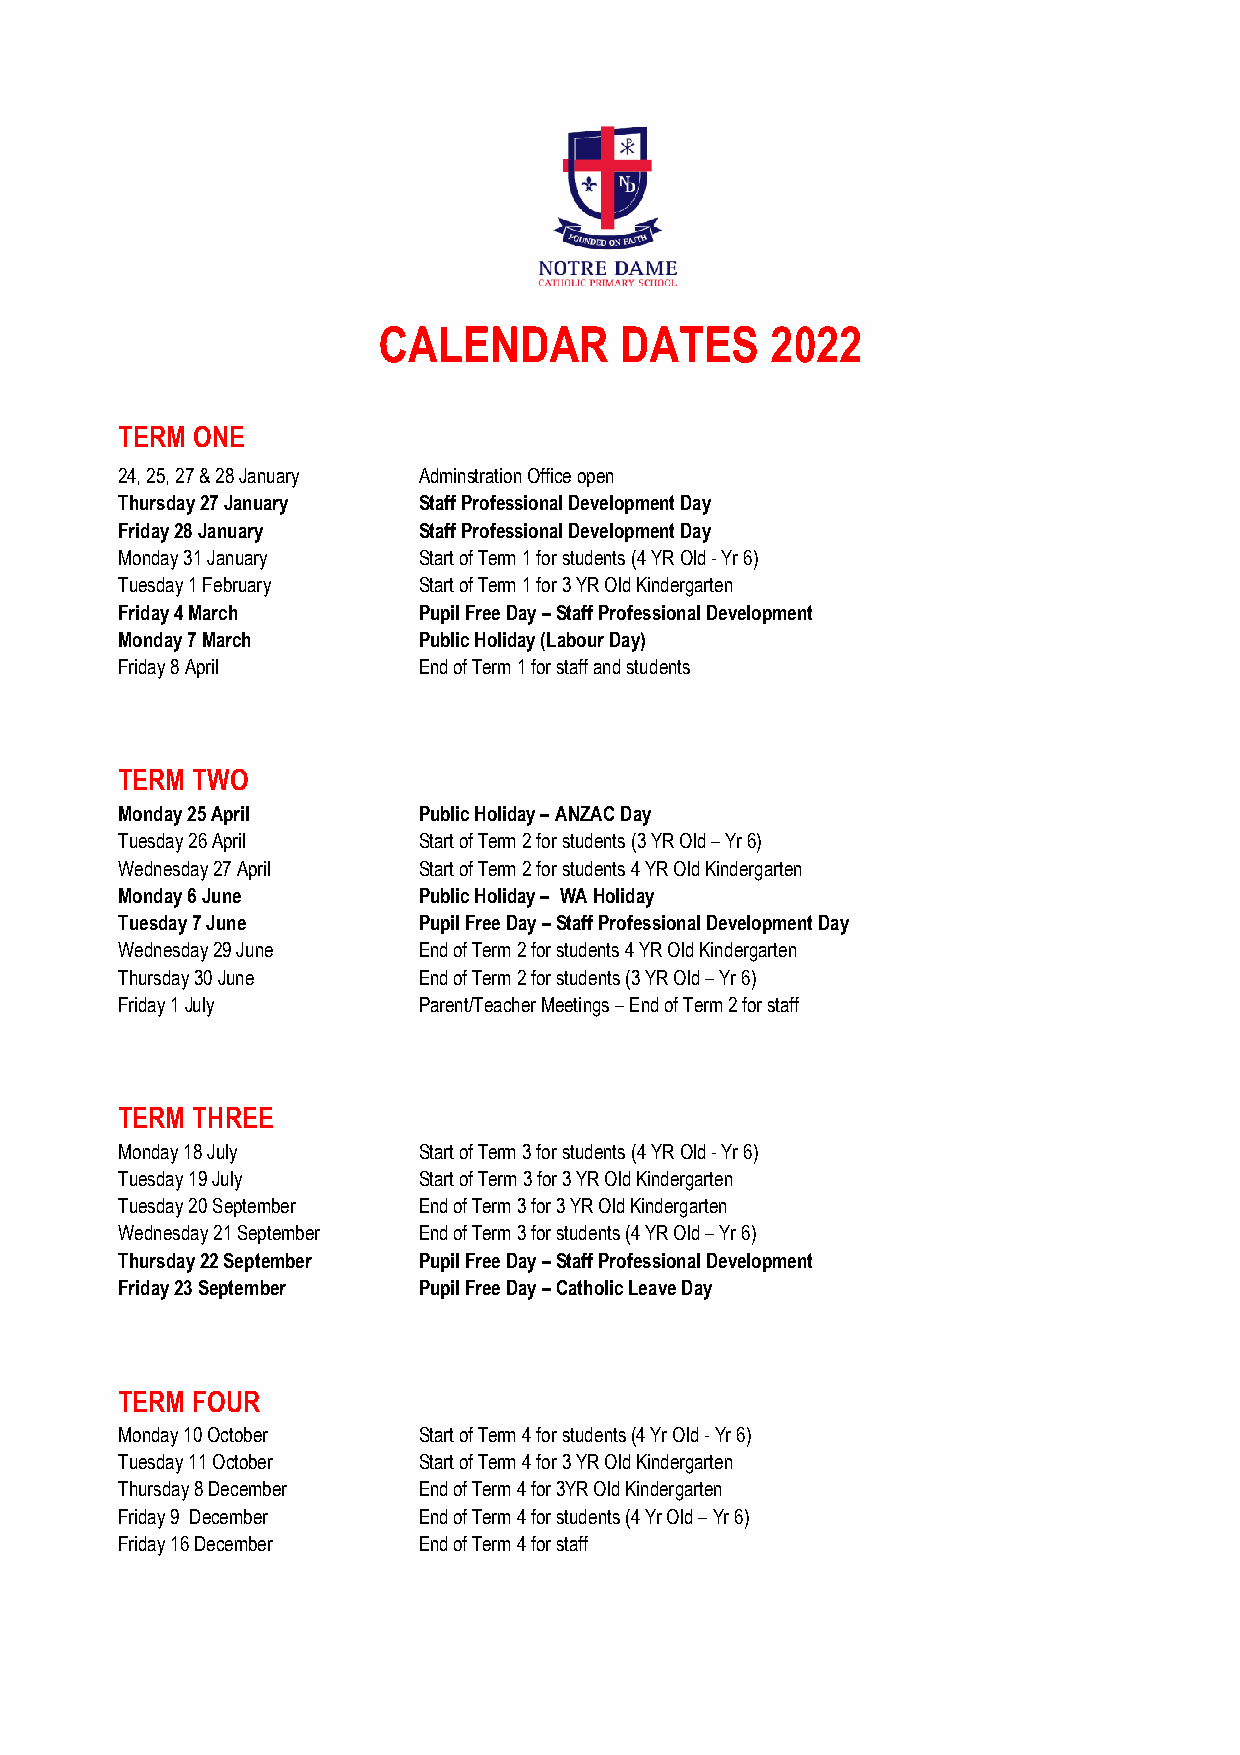
CALENDAR        DATES     2022
 TERM ONE
 24, 25, 27 & 28 January Adminstration Office open
 Thursday 27 January Staff Professional Development Day
 Friday 28 January   Staff Professional Development Day
 Monday 31 January   Start of Term 1 for students (4 YR Old - Yr 6)
 Tuesday 1 February  Start of Term 1 for 3 YR Old Kindergarten
 Friday 4 March      Pupil Free Day – Staff Professional Development
 Monday 7 March      Public Holiday (Labour Day)
 Friday 8 April      End of Term 1 for staff and students
 TERM TWO
 Monday 25 April     Public Holiday – ANZAC Day
 Tuesday 26 April    Start of Term 2 for students (3 YR Old – Yr 6)
 Wednesday 27 April  Start of Term 2 for students 4 YR Old Kindergarten
 Monday 6 June       Public Holiday – WA Holiday
 Tuesday 7 June      Pupil Free Day – Staff Professional Development Day
 Wednesday 29 June   End of Term 2 for students 4 YR Old Kindergarten
 Thursday 30 June    End of Term 2 for students (3 YR Old – Yr 6)
 Friday 1 July       Parent/Teacher Meetings – End of Term 2 for staff
 TERM THREE
 Monday 18 July      Start of Term 3 for students (4 YR Old - Yr 6)
 Tuesday 19 July     Start of Term 3 for 3 YR Old Kindergarten
 Tuesday 20 September End of Term 3 for 3 YR Old Kindergarten
 Wednesday 21 September End of Term 3 for students (4 YR Old – Yr 6)
 Thursday 22 September Pupil Free Day – Staff Professional Development
 Friday 23 September Pupil Free Day – Catholic Leave Day
 TERM FOUR
 Monday 10 October   Start of Term 4 for students (4 Yr Old - Yr 6)
 Tuesday 11 October  Start of Term 4 for 3 YR Old Kindergarten
 Thursday 8 December End of Term 4 for 3YR Old Kindergarten
 Friday 9 December   End of Term 4 for students (4 Yr Old – Yr 6)
 Friday 16 December  End of Term 4 for staff